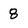
Character: 8